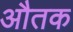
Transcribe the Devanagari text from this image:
औतक